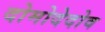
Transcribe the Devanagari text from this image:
दोमोदेदोव